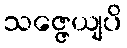
သဇ္ဇေယျပိ